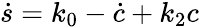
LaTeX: \dot{s}=k_{0}-\dot{c}+k_{2}c